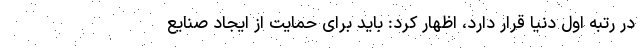
در رتبه اول دنیا قرار دارد، اظهار کرد: باید برای حمایت از ایجاد صنایع